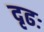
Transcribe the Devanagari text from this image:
दृढः